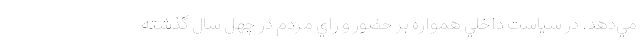
مي‌دهد. در سياست داخلي همواره بر حضور و راي مردم در چهل سال گذشته